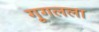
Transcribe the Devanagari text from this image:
गूगलला